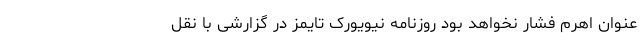
عنوان اهرم فشار نخواهد بود روزنامه نیویورک تایمز در گزارشی با نقل